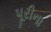
પૂરીના